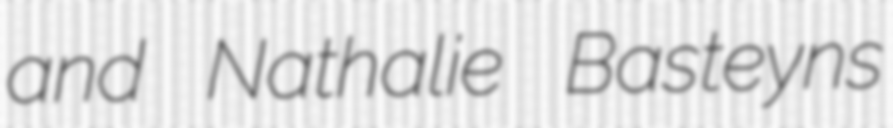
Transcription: and Nathalie Basteyns